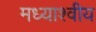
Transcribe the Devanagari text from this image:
मध्याश्वीय